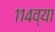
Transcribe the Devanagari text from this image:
११४व्या